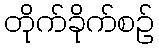
တိုက်ခိုက်စဉ်